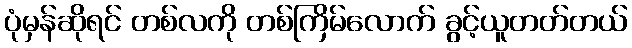
ပုံမှန်ဆိုရင် တစ်လကို တစ်ကြိမ်လောက် ခွင့်ယူတတ်တယ်